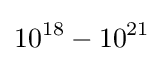
10^{18}-10^{21}